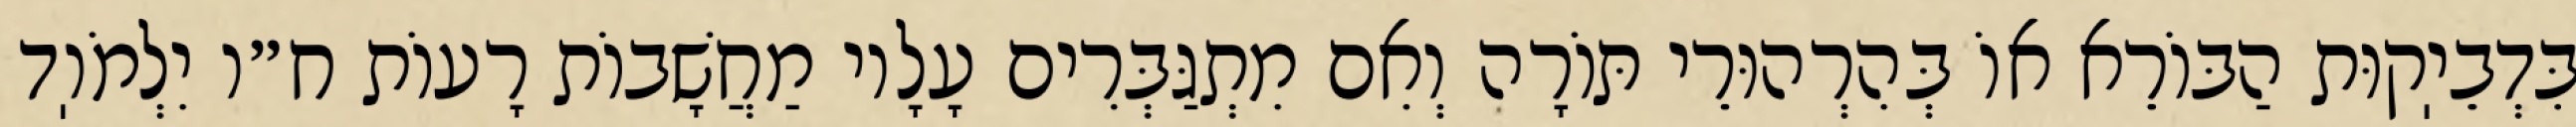
בִּדְבֵיֽקוּת הַבּוֹרֵא אוֹ בְּהִרְהוּרֵי תּוֹרָה וְאִם מִתְגַּבְּרִים עָלָיו מַחֲשָׁבוֹת רָעוֹת ח״ו יִלְמֹוֽד